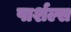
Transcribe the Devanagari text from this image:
पार्शल्स